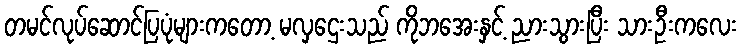
တမင်လုပ်ဆောင်ပြပုံများကတော့ မလှဌေးသည် ကိုဘအေးနှင့် ညားသွားပြီး သားဦးကလေး